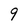
Character: 9